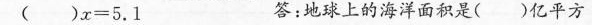
$$( ) x = 5 . 1$$ 答：地球上的海洋面积是( )亿平方